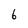
Character: 6